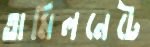
তামিলনেটে